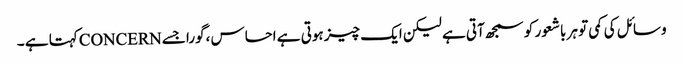
وسائل کی کمی تو ہر باشعور کو سمجھ آتی ہے لیکن ایک چیز ہوتی ہے احساس ،گورا جسے CONCERNکہتا ہے ۔